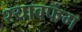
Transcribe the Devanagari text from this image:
श्यावफंग